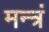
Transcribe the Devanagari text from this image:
मन्‍त्रं